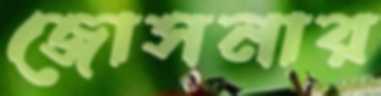
জোসনার